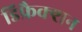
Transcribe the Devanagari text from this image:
डिफ्रैक्शन